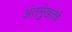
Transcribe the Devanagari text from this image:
अंतर्मुखतेचे